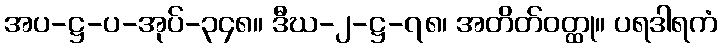
အပ-ဋ္ဌ-ပ-အုပ်-၃၄၈။ ဒီဃ-၂-ဋ္ဌ-၇၈၊ အတိတ်ဝတ္ထု။ ပရဒါရကံ